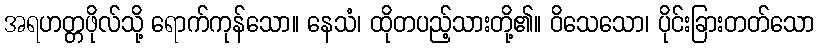
အရဟတ္တဖိုလ်သို့ ရောက်ကုန်သော။ နေသံ၊ ထိုတပည့်သားတို့၏။ ဝိသေသော၊ ပိုင်းခြားတတ်သော